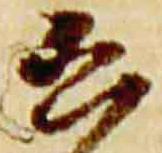
公